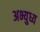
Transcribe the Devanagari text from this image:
अभ्युध्य